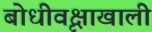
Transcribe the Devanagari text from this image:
बोधीवृक्षाखाली